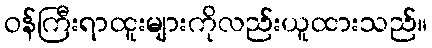
ဝန်ကြီးရာထူးများကိုလည်းယူထားသည်။